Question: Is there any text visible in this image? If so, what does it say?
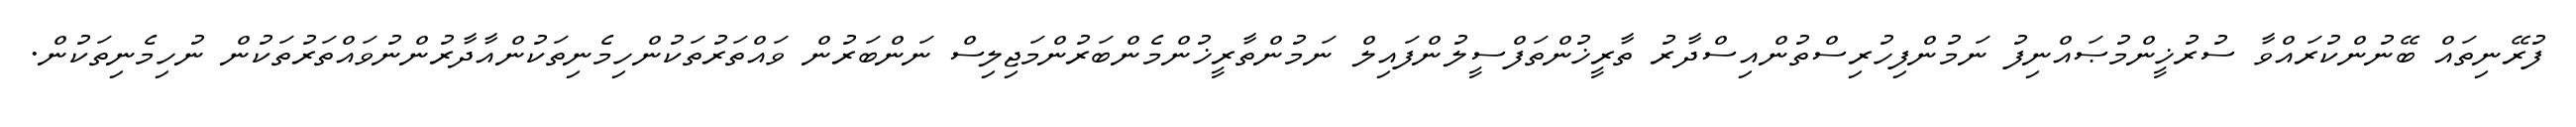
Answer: ފުރޭނިތައް ބޭނުންކުރައްވާ ސުރުޚީންމުޞައްނިފު ނަމުންފިހުރިސްތުންއިސްދާރު ތާރީޚުންތަފްސީލުންފައިލް ނަމުންތާރީޚުންމެންބަރުންމަޖިލިސް ނަންބަރުން ވައްތަރުތަކުންހިމެނިތަކުންއާދާރުންނުވައްތަރުތަކުން ނުހިމެނިތަކުން.